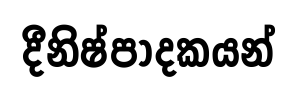
දීනිෂ්පාදකයන්